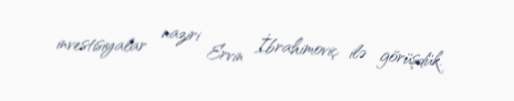
investisiyalar naziri Ervin İbrahimoviç ilə görüşdük.